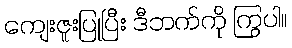
ကျေးဇူးပြုပြီး ဒီဘက်ကို ကြွပါ။